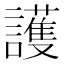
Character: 護